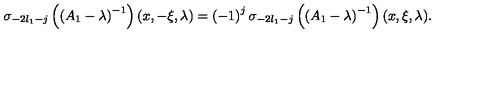
\sigma _ { - 2 l _ { 1 } - j } \left( \left( A _ { 1 } - \lambda \right) ^ { - 1 } \right) ( x , - \xi , \lambda ) = \left( - 1 \right) ^ { j } \sigma _ { - 2 l _ { 1 } - j } \left( \left( A _ { 1 } - \lambda \right) ^ { - 1 } \right) ( x , \xi , \lambda ) .